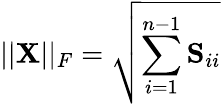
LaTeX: ||\mathbf{X}||_{F}=\sqrt{\sum_{i=1}^{n-1}\mathbf{S}_{ii}}